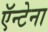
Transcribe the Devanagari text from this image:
ऍन्टेना